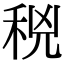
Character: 𥞝